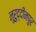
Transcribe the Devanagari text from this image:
नूरुद्दीनपुर